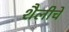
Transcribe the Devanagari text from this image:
शैलीचें